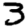
Digit: 3